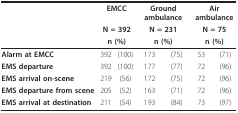
|  | <COLSPAN=2> EMCC | <COLSPAN=2> Ground ambulance | <COLSPAN=2> Air ambulance |
 |  | <COLSPAN=2> N = 392 | <COLSPAN=2> N = 231 | <COLSPAN=2> N = 75 |
 |  | <COLSPAN=2> n (%) | <COLSPAN=2> n (%) | <COLSPAN=2> n (%) |
 | --- | --- | --- | --- | --- | --- | --- |
 | Alarm at EMCC | 392 | (100) | 173 | (75) | 53 | (71) |
 | EMS departure | 392 | (100) | 177 | (77) | 72 | (96) |
 | EMS arrival on-scene | 219 | (56) | 172 | (75) | 72 | (96) |
 | EMS departure from scene | 205 | (52) | 163 | (71) | 72 | (96) |
 | EMS arrival at destination | 211 | (54) | 193 | (84) | 73 | (97) |